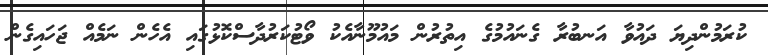
ކުރަމުންދިޔަ ދައުވާ އަނބުރާ ގެނައުމުގެ އިތުރުން މައުމޫނާއެކު ވޯޓުކަރުދާސްކޮޅުގައި އެހެން ނަމެއް ޖަހައިގެން